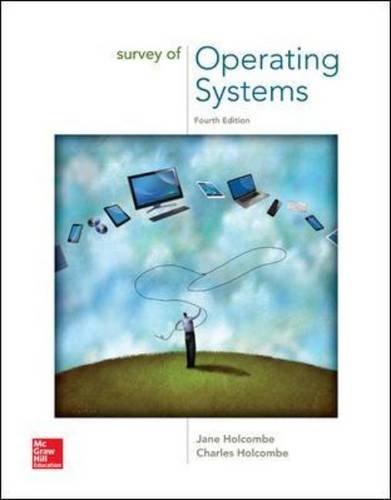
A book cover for Survey of Operating Systems; Jane Holcombe; Computers & Technology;